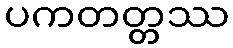
ပကတတ္တဿ